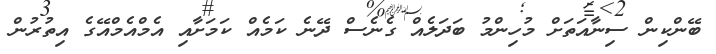
ބޭންކިން ސިނާއަތަށް މުހިންމު ބަދަލެއް ގެނެސް ދޭނެ ކަމެއް ކަމަށާއި އެމްއެމްއޭގެ އިތުރުން